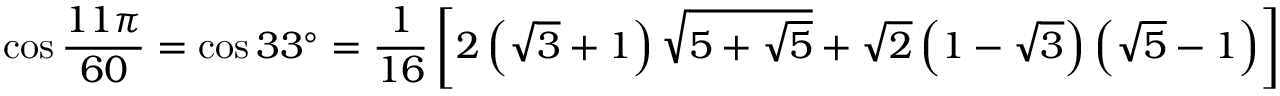
\cos { \frac { 1 1 \pi } { 6 0 } } = \cos 3 3 ^ { \circ } = { \frac { 1 } { 1 6 } } \left[ 2 \left( { \sqrt { 3 } } + 1 \right) { \sqrt { 5 + { \sqrt { 5 } } } } + { \sqrt { 2 } } \left( 1 - { \sqrt { 3 } } \right) \left( { \sqrt { 5 } } - 1 \right) \right]